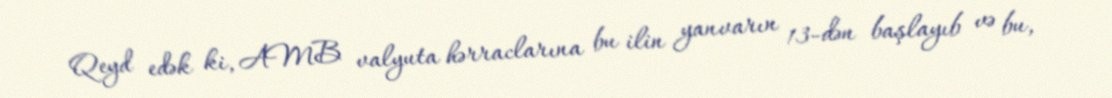
Qeyd edək ki, AMB valyuta hərraclarına bu ilin yanvarın 13-dən başlayıb və bu,